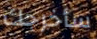
سأخرجك